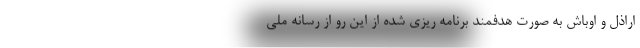
اراذل و اوباش به صورت هدفمند برنامه ریزی شده از این رو از رسانه ملی